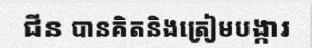
ជីន បានគិតនិងត្រៀមបង្ការ